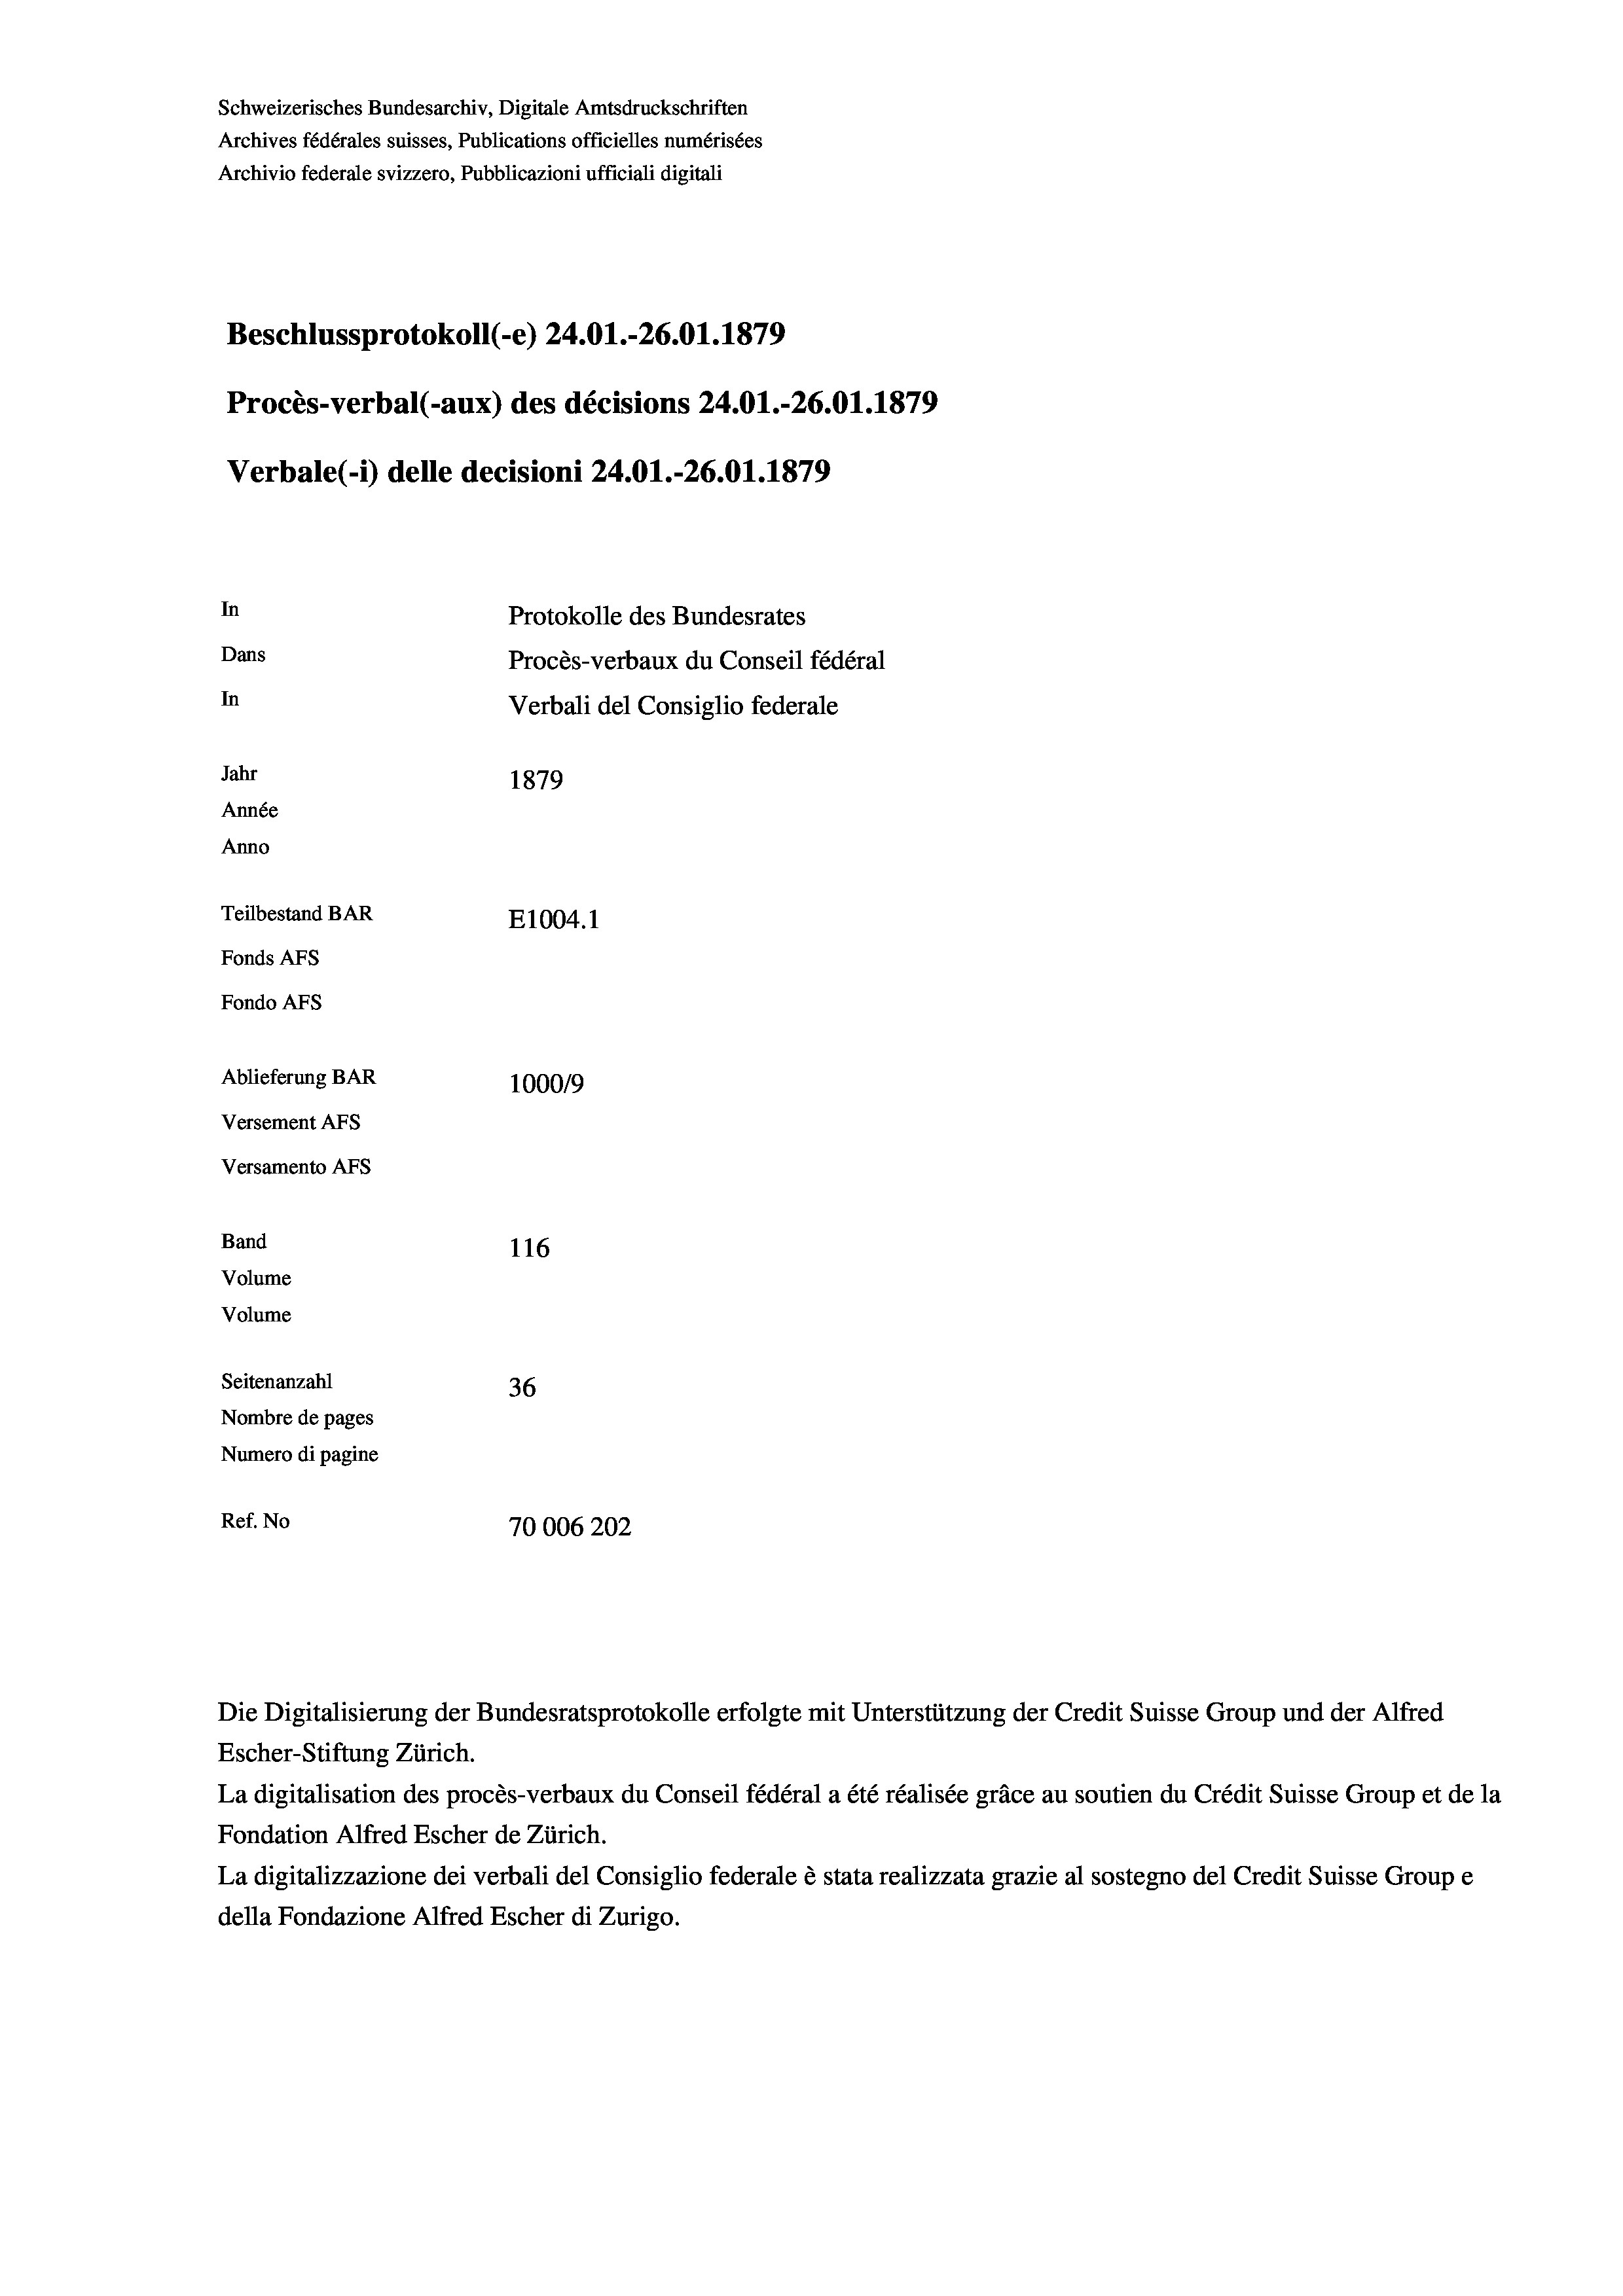
Schweizerisches Bundesarchiv, Digitale Amtsdruckschriften
Archives fédérales suisses, Publications officielles numérisées
Archivio federale svizzero, Pubblicazioni ufficiali digitali
Beschlussprotokoll (-e) 24.01.-26.01.1879
Procès-verbal (-aux) des décisions 24.01.-26.01. 1879
Verbale(-*) delle decisioni 24.01.-26.01. 1879
In
Protokolle des Bundesrates
Dans
Procès-verbaux du Conseil fédéral
In
Verbali del Consiglio federale
Jahr
1879
Année
Anno
Teilbestand BAR
E1004.1
Fonds AFs
Fondo AFs
Ablieferung BAR
100019
Versement AFs
Versamento AFs
Band
116
Volume

Volume
Seitenanzahl
36
Nombre de pages
Numero di pagine
Ref. No
70006202

Die Digitalisierung der Bundesratsprotokolle erfolgte mit Unterstützung der Credit Suisse Group und der Alfred
Escher-Stiftung Zürich.
La digitalisation des procès-verbaux du Conseil fédéral a été réalisée gräce au soutien du Crédit Suisse Group et de la
Fondation Alfred Escher de Zürich.
La digitalizzazione dei verbali del Consiglio federale è stata realizzata grazie al sostegno del Credit Suisse Groupe
della Fondazione Alfred Escher di Zurigo.